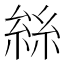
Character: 𠬆